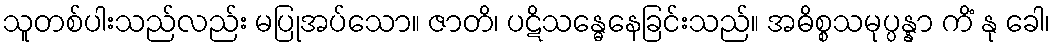
သူတစ်ပါးသည်လည်း မပြုအပ်သော။ ဇာတိ၊ ပဋိသန္ဓေနေခြင်းသည်။ အဓိစ္စသမုပ္ပန္နာ ကိံ နု ခေါ၊